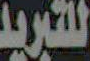
للتبريد